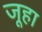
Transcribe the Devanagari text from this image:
जूहा